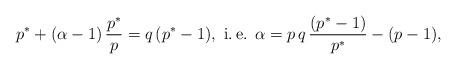
LaTeX: \begin{align*}p^*+(\alpha-1)\,\frac{p^*}{p}=q\,(p^*-1),\mbox{ i.\,e. } \alpha=p\,q\,\frac{(p^*-1)}{p^*}-(p-1),\end{align*}